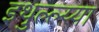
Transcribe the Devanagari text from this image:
इथुल्ल्य्या